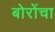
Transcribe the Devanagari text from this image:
बोरोंचा